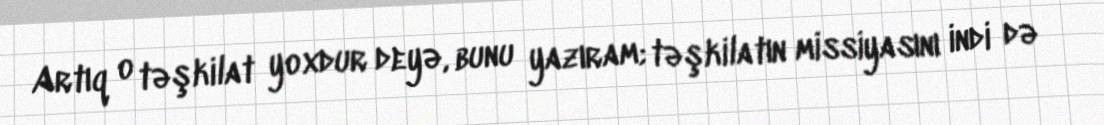
Artıq o təşkilat yoxdur deyə, bunu yazıram; təşkilatın missiyasını indi də